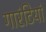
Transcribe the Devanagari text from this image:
गारंटियां